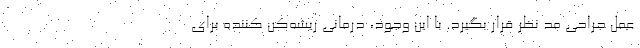
عمل جراحی مد نظر قرار بگیرد. با این وجود، درمانی ریشه‌کن کننده برای